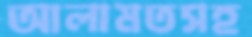
আলামতসহ